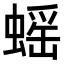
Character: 𧎼